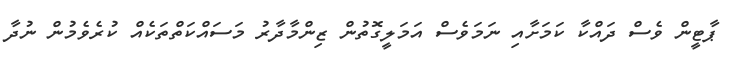
ޕާޓީން ވެސް ދައްކާ ކަމަށާއި ނަމަވެސް އަމަލީގޮތުން ޒިންމާދާރު މަސައްކަތްތަކެއް ކުރެވެމުން ނުދާ